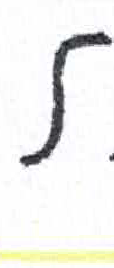
אות: ל